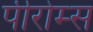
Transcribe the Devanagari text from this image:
पीरोम्स